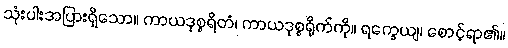
သုံးပါးအပြားရှိသော။ ကာယဒုစ္စရိတံ၊ ကာယဒုစ္စရိုက်ကို။ ရက္ခေယျ၊ စောင့်ရာ၏။